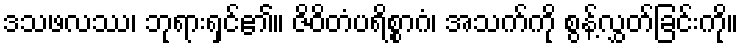
ဒသဖလဿ၊ ဘုရားရှင်၏။ ဇိဝိတံပရိစ္စာဂံ၊ အသက်ကို စွန့်လွှတ်ခြင်းကို။